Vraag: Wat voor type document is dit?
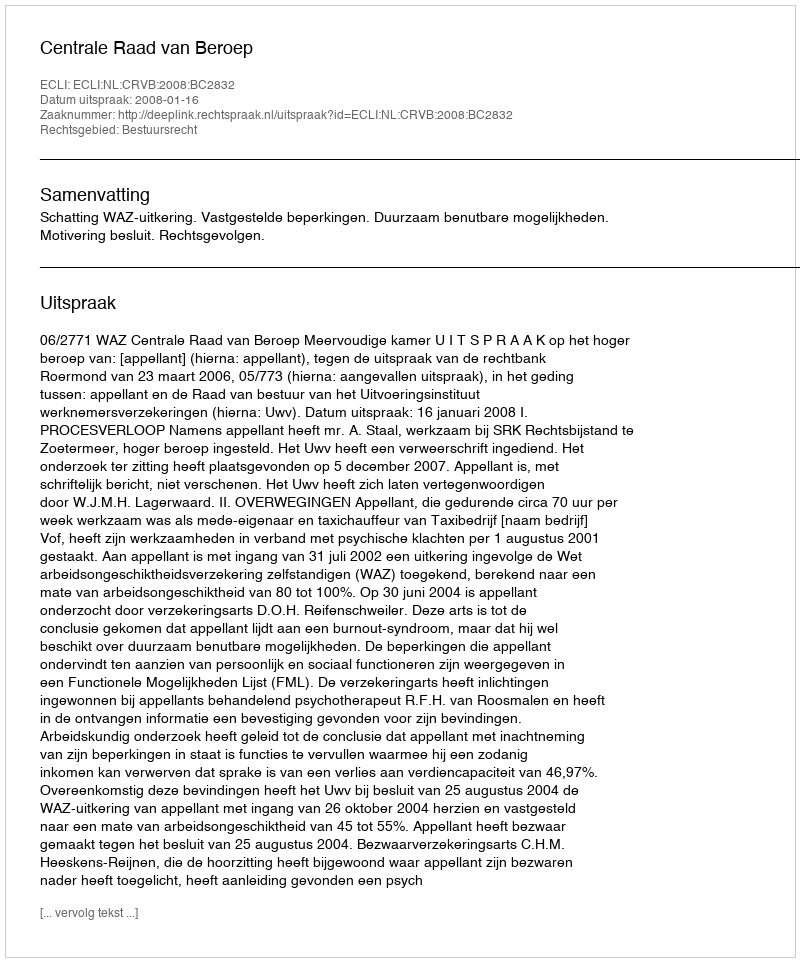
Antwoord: Uitspraak